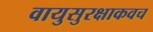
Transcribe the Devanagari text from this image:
वायुसुरक्षाकवच